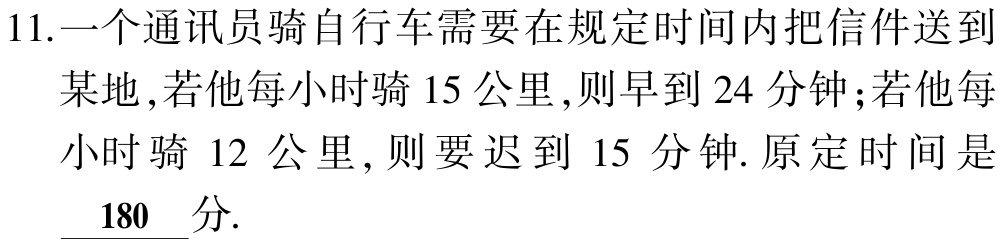
11.一个通讯员骑自行车需要在规定时间内把信件送到

某地，若他每小时骑15公里，则早到24分钟；若他每

小时骑 12 公里, 则要迟到 15 分钟. 原定时间是

\underline{180 }分.